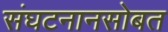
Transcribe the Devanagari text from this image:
संघटनानसोबत